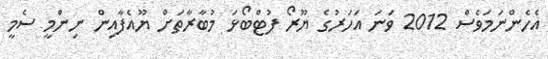
އެހެންނަމަވެސް 2012 ވަނަ އަހަރުގެ ޔޫރޯ ފުޓްބޯޅަ މުބާރާތަށް ޔޫއެފާއިން ނިންމީ ސެމީ